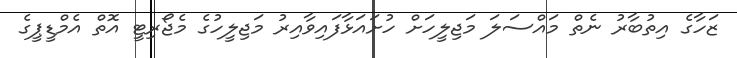
ޒަހާގެ އިތުބާރު ނެތް މައްސަލަ މަޖިލީހަށް ހުށައަޅާފައިވާއިރު މަޖިލީހުގެ މެޖޯރިޓީ އޮތް އެމްޑީޕީގެ